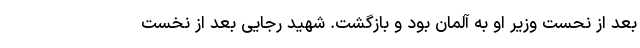
بعد از نحست وزیر او به آلمان بود و بازگشت. شهید رجایی بعد از نخست